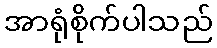
အာရုံစိုက်ပါသည်